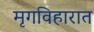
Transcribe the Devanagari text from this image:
मृगविहारात